Annual report on the working of the lock hospitals in the North-Western Provinces and Oudh
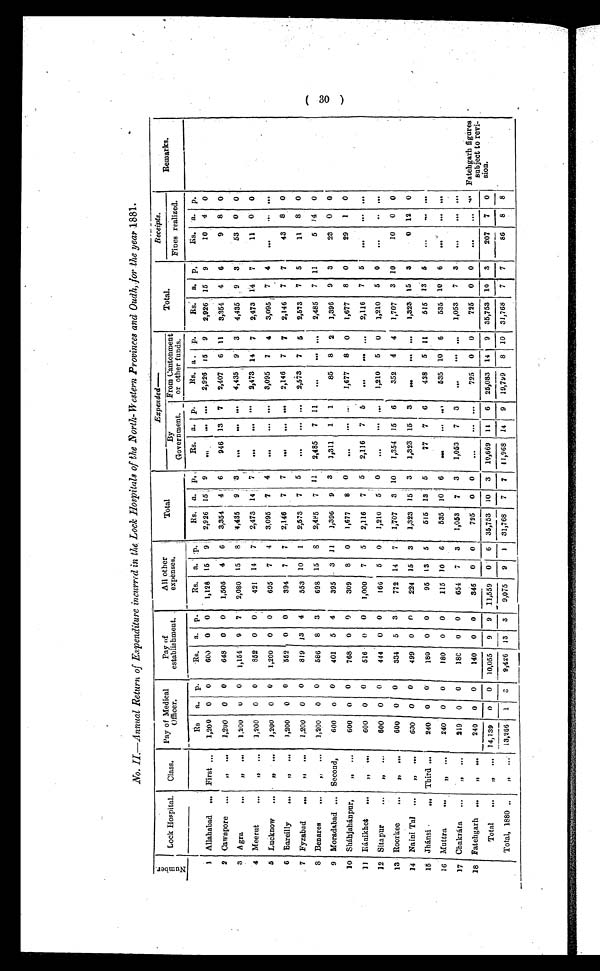
No. II.—Annual Return of Expenditure incurred in the Lock Hospitals of the North-Western Provinces and Oudh, for the year 1881.
Nu mb e r .
Lock Hospital. Class. Pay of Medical
Officer.
Pay of
establishment.
All other
expenses.
Total
Expended—
Total.
Receipts.
Remarks.
By
Government.
From Cantonment
or other funds.
Fines realized.
Rs a. p.
Rs. a. p.
Rs. a. p.
Rs. a. p.
Rs. a. p.
Rs. a. p.
Rs. a. p.
Rs. a. p.
1 Allahabad ... First ... 1,200 0 0
600 0 0 1,128 15 9 2,926 15 9
...
... ... 2,926 15 9 2,926 15 9
10 4 0
2 Cawnpore ...
„
... 1,200 0 0
648 0 0 1,506 4
3,354 4 6
946 13 7 2,407 6 11 3,354 4 6
9 8 0
3 Agra
...
,, ... 1,200
0 0 1,154
9 7 2,080 15 8 4,435
9 3
... ... ... 4,435 9 3 4,435
9
3
53
0 0
4 Meerut ...
,, ...
1,200
0 0
852 0 0
421 14 7 2,473 14 7
...
... ... 2,473 14 . 7 2,473 14 7
11
0 0
5 Lucknow ...
„ ...
1,200 0 0 1,200 0 0
695 7 4 3,095 7 4
...
... ... 3,095 7 4 3,095 7 4
...
... ...
6 Bareilly
...
,, ... 1,200 0 0
552 0 0
394 7
7 2,146 7 7
...
... ... 2,146 7 7 2,146 7 7
43 8 0
7 Fyzabad ... ,, ... 1,200 0 0
819 13 4
553 10 1 2,573 7 5
...
... ... 2,573 7 5 2,573 7 5
11 8 0
8 Benares
...
,, ...
1,200 0 0
586 8 3
698 15 8 2,895 7 11 2,485 7 11
...
... ... 2,485 7 11
5 14 0
9 Moradabad ... Second,
600 0 0
401 5 4
395 3 11 1,396 9 3 1,311 1 1
85 8 2 1,396 9 3
23 0 0
10 Sháhjahánpur,
„ ...
600 0 0
768 0 0
309 8 0 1,677 8
0 ...
... ... 1,677 8 0 1,677 8 0
29
1 0
11 Ránikhet ...
„ ...
600 0 0
516 0 0 1,000 7 5 2,116 7 5 2,116 7
5 ...
... ... 2,116 7 5
...
... ...
12 Sitapur
..
.
„
...
600 0 0
444 0 0
166 5
0 1,210 5 0
...
... ... 1,210 5 0 1,210 5 0
...
..
.
..
.
13 Roorkee
... „ ...
600 0 0
334 5 3
772 14 7 1,707 3 10 1,354 15 6
352 4 4 1,707 3 10
10 0 0
14 Naini Tal ...
„ ...
600 0 0
499 0
0
224 15 3 1,323 15 3 1,323 15 3
...
... ... 1,323 15 3
0 12 0
15 Jhánsi
... Third ...
240 0 0
180 0 0
95 13 5
515 13 5
77 7 6
438 5 11
515 13 6
...
... ...
16 Muttra
...
,, ...
240 0 0
180 0 0
115 10 6
535 10 6 ..
... ...
535 10 6
535 10 6
...
... ...
17 Chakráta ...
,, ...
219 0 0
180 0 0
654 7 3 1,053 7 3 1,053 7 3
...
... ... 1,053 7
3
... ... ...
18 Fatehgarh ...
,, ...
240 0 0
140
0 0
345 0 0
725 0
0
. . . ... ...
725 0 0
725 0 0
...
... ... Fatehgarh figures
subject to revi-
sion.
Total ...
„ ... 14,139 0 0 10,055 9 9 11,559 0 6 35,753 10 3 10,669 11
6 25,083 14 9 35,753 10 3
207 7 0
Total, 1880 . . .
,, ... 13,266 1 3 9,426 13 3 9,075 9 1 31,768 7 7 11,968 14 9 19,799 8 10 31,768 7 7
86 8 8
( 30 )